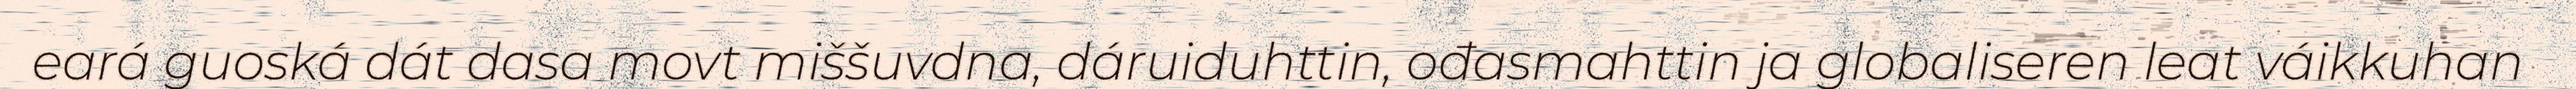
eará guoská dát dasa movt miššuvdna, dáruiduhttin, ođasmahttin ja globaliseren leat váikkuhan